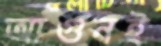
আগুনই